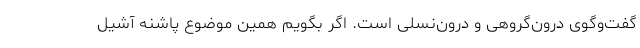
گفت‌وگوی درون‌گروهی و درون‌نسلی است. ‌اگر بگویم همین موضوع پاشنه ‌آشیل